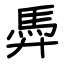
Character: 馵